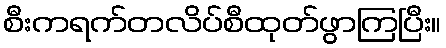
စီးကရက်တလိပ်စီထုတ်ဖွာကြပြီး။